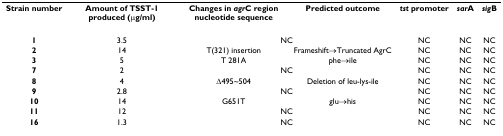
| Strain number | Amount of TSST-1 produced (μg/ml) | Changes in agrC region nucleotide sequence | Predicted outcome | tst promoter | sarA | sigB |
 | --- | --- | --- | --- | --- | --- | --- |
 | 1 | 3.5 | <COLSPAN=2> NC | NC | NC | NC |
 | 2 | 14 | T(321) insertion | Frameshift→Truncated AgrC | NC | NC | NC |
 | 3 | 5 | T 281A | phe→ile | NC | NC | NC |
 | 7 | 2 | <COLSPAN=2> NC | NC | NC | NC |
 | 8 | 4 | Δ495~504 | Deletion of leu-lys-ile | NC | NC | NC |
 | 9 | 2.8 | <COLSPAN=2> NC | NC | NC | NC |
 | 10 | 14 | G651T | glu→his | NC | NC | NC |
 | 11 | 12 | <COLSPAN=2> NC | NC | NC | NC |
 | 16 | 1.3 | <COLSPAN=2> NC | NC | NC | NC |